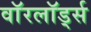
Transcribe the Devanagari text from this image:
वाॅरलाॅर्ड्स